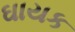
ઘાયક